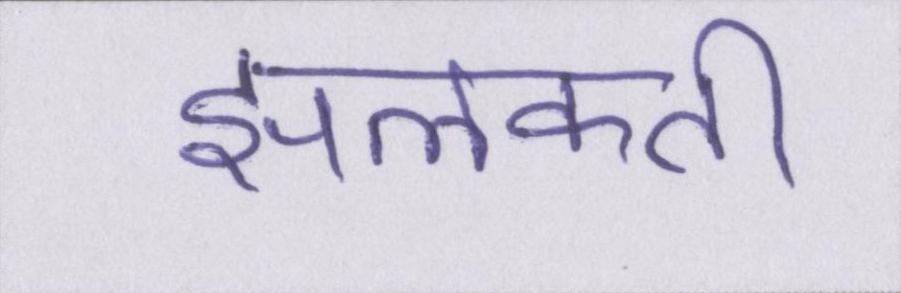
झलकती